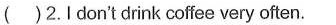
( )2.Idon't drink coffee very often.